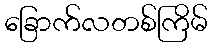
ခြောက်လတစ်ကြိမ်